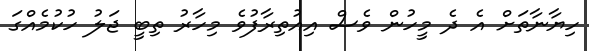
ހިޔާނާތަށް އެ ދެ މީހުން ވެސް އިއުތިރާފުވެ މިހާރު ތިބީ ޖަލު ހުކުމެއްގަ